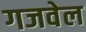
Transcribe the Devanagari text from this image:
गजवेल